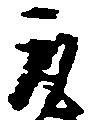
取